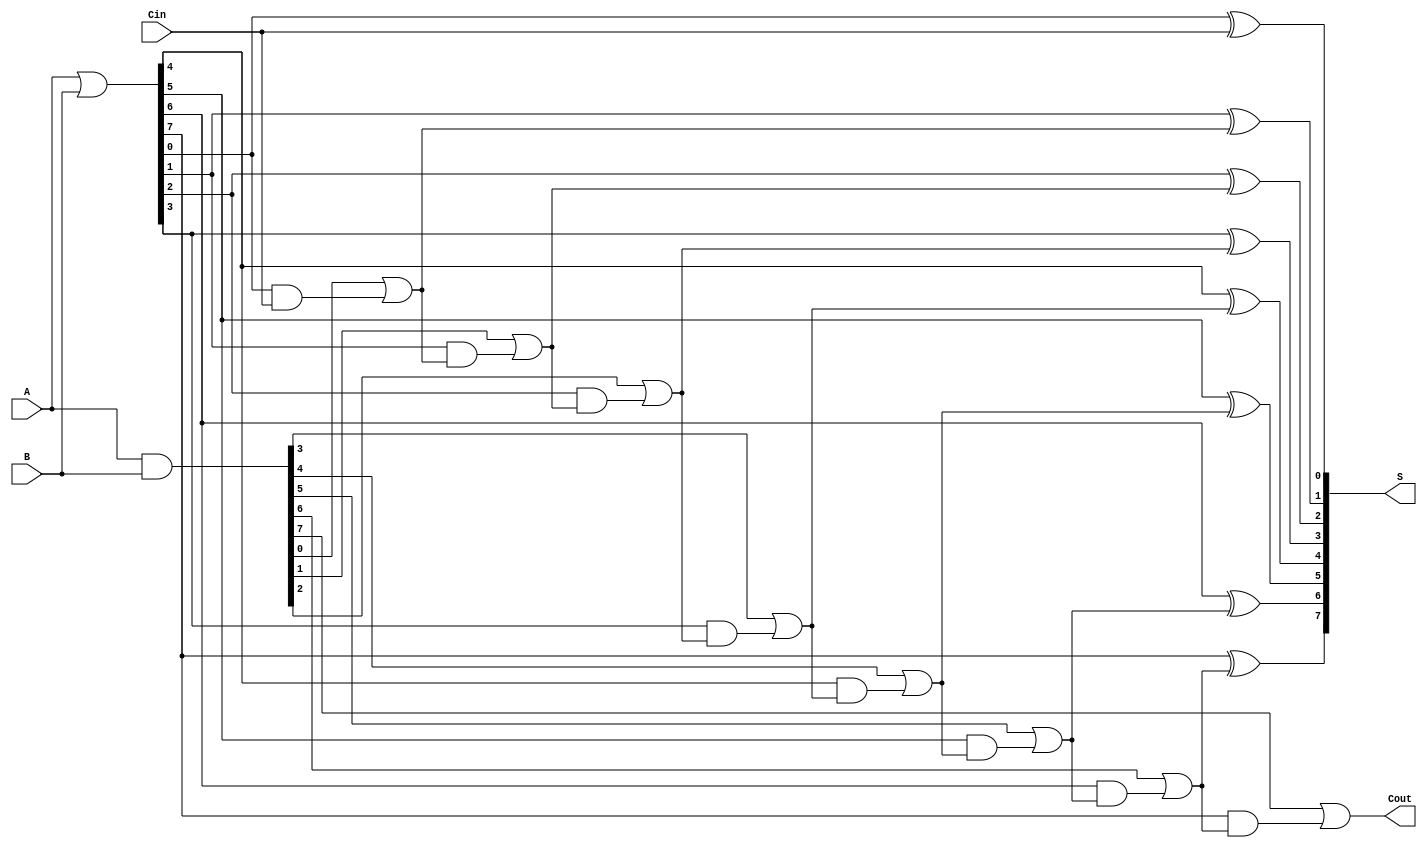
module brent_kung_adder #(
    parameter N = 8 // Number of bits
)(
    input  [N-1:0] A,     // First operand
    input  [N-1:0] B,     // Second operand
    input          Cin,    // Carry-in
    output [N-1:0] S,     // Sum output
    output         Cout     // Carry-out
);

    wire [N-1:0] G; // Generate signals
    wire [N-1:0] P; // Propagate signals
    wire [N:0] C;   // Carry signals

    // Generate and Propagate calculations
    assign G = A & B;      // Generate
    assign P = A | B;      // Propagate

    // Carry generation using Brent-Kung logic
    assign C[0] = Cin; // Initial carry
    genvar i, j;
    
    // Level 1
    generate
        for (i = 0; i < N; i = i + 1) begin : carry_level_1
            assign C[i+1] = G[i] | (P[i] & C[i]);
        end
    endgenerate

    // Level 2
    generate
        for (j = 0; j < N/2; j = j + 1) begin : carry_level_2
            assign C[N/2+j+1] = G[N/2+j] | (P[N/2+j] & C[N/2+j]);
        end
    endgenerate

    // Level 3
    generate
        for (j = 0; j < N/4; j = j + 1) begin : carry_level_3
            assign C[N/4+j+1] = G[N/4+j] | (P[N/4+j] & C[N/4+j]);
        end
    endgenerate

    // Continue generating for additional levels if necessary...

    // Final carry-out
    assign Cout = C[N];

    // Sum calculation
    generate
        for (i = 0; i < N; i = i + 1) begin : sum_calculation
            assign S[i] = P[i] ^ C[i]; // Sum calculation
        end
    endgenerate

endmodule